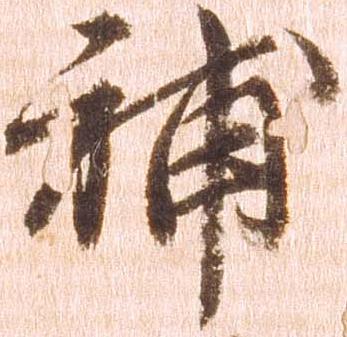
補